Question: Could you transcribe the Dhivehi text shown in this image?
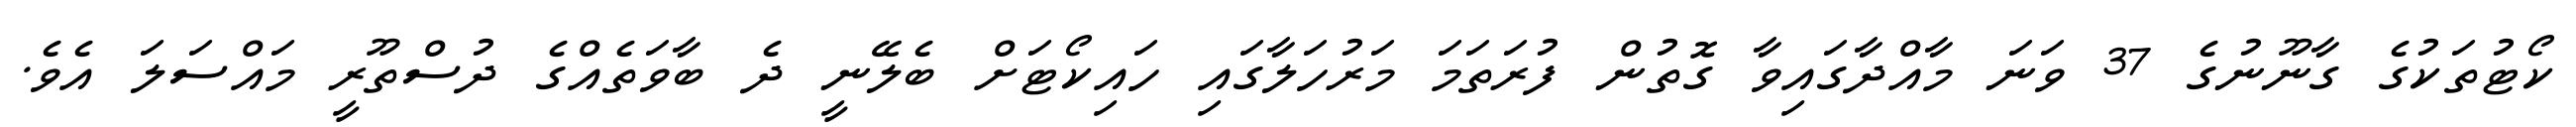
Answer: ކޯޓުތަކުގެ ގާނޫނުގެ 37 ވަނަ މާއްދާގައިވާ ގޮތުން ފުރަތަމަ މަރުހަލާގައި ހައިކޯޓަށް ބެލޭނީ ދެ ބާވަތެއްގެ ދުސްތޫރީ މައްސަލަ އެވެ.